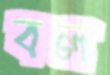
বল